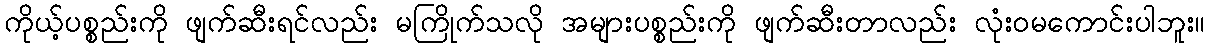
ကိုယ့်ပစ္စည်းကို ဖျက်ဆီးရင်လည်း မကြိုက်သလို အများပစ္စည်းကို ဖျက်ဆီးတာလည်း လုံးဝမကောင်းပါဘူး။